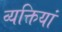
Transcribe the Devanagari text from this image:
व्यक्तियां